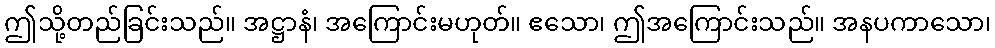
ဤသို့တည်ခြင်းသည်။ အဋ္ဌာနံ၊ အကြောင်းမဟုတ်။ ဧသော၊ ဤအကြောင်းသည်။ အနပကာသော၊